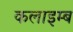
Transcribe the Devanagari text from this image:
कलाइम्ब